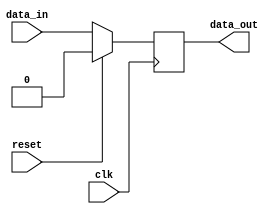
module Register (
    input wire clk, // clock input
    input wire reset, // reset input
    input wire data_in, // data input
    output reg data_out // stored data output
);

// Register logic
always @(posedge clk) begin
    if (reset) begin
        data_out <= 1'b0; // reset the register to 0
    end else begin
        data_out <= data_in; // store input data on rising edge of clock
    end
end

endmodule